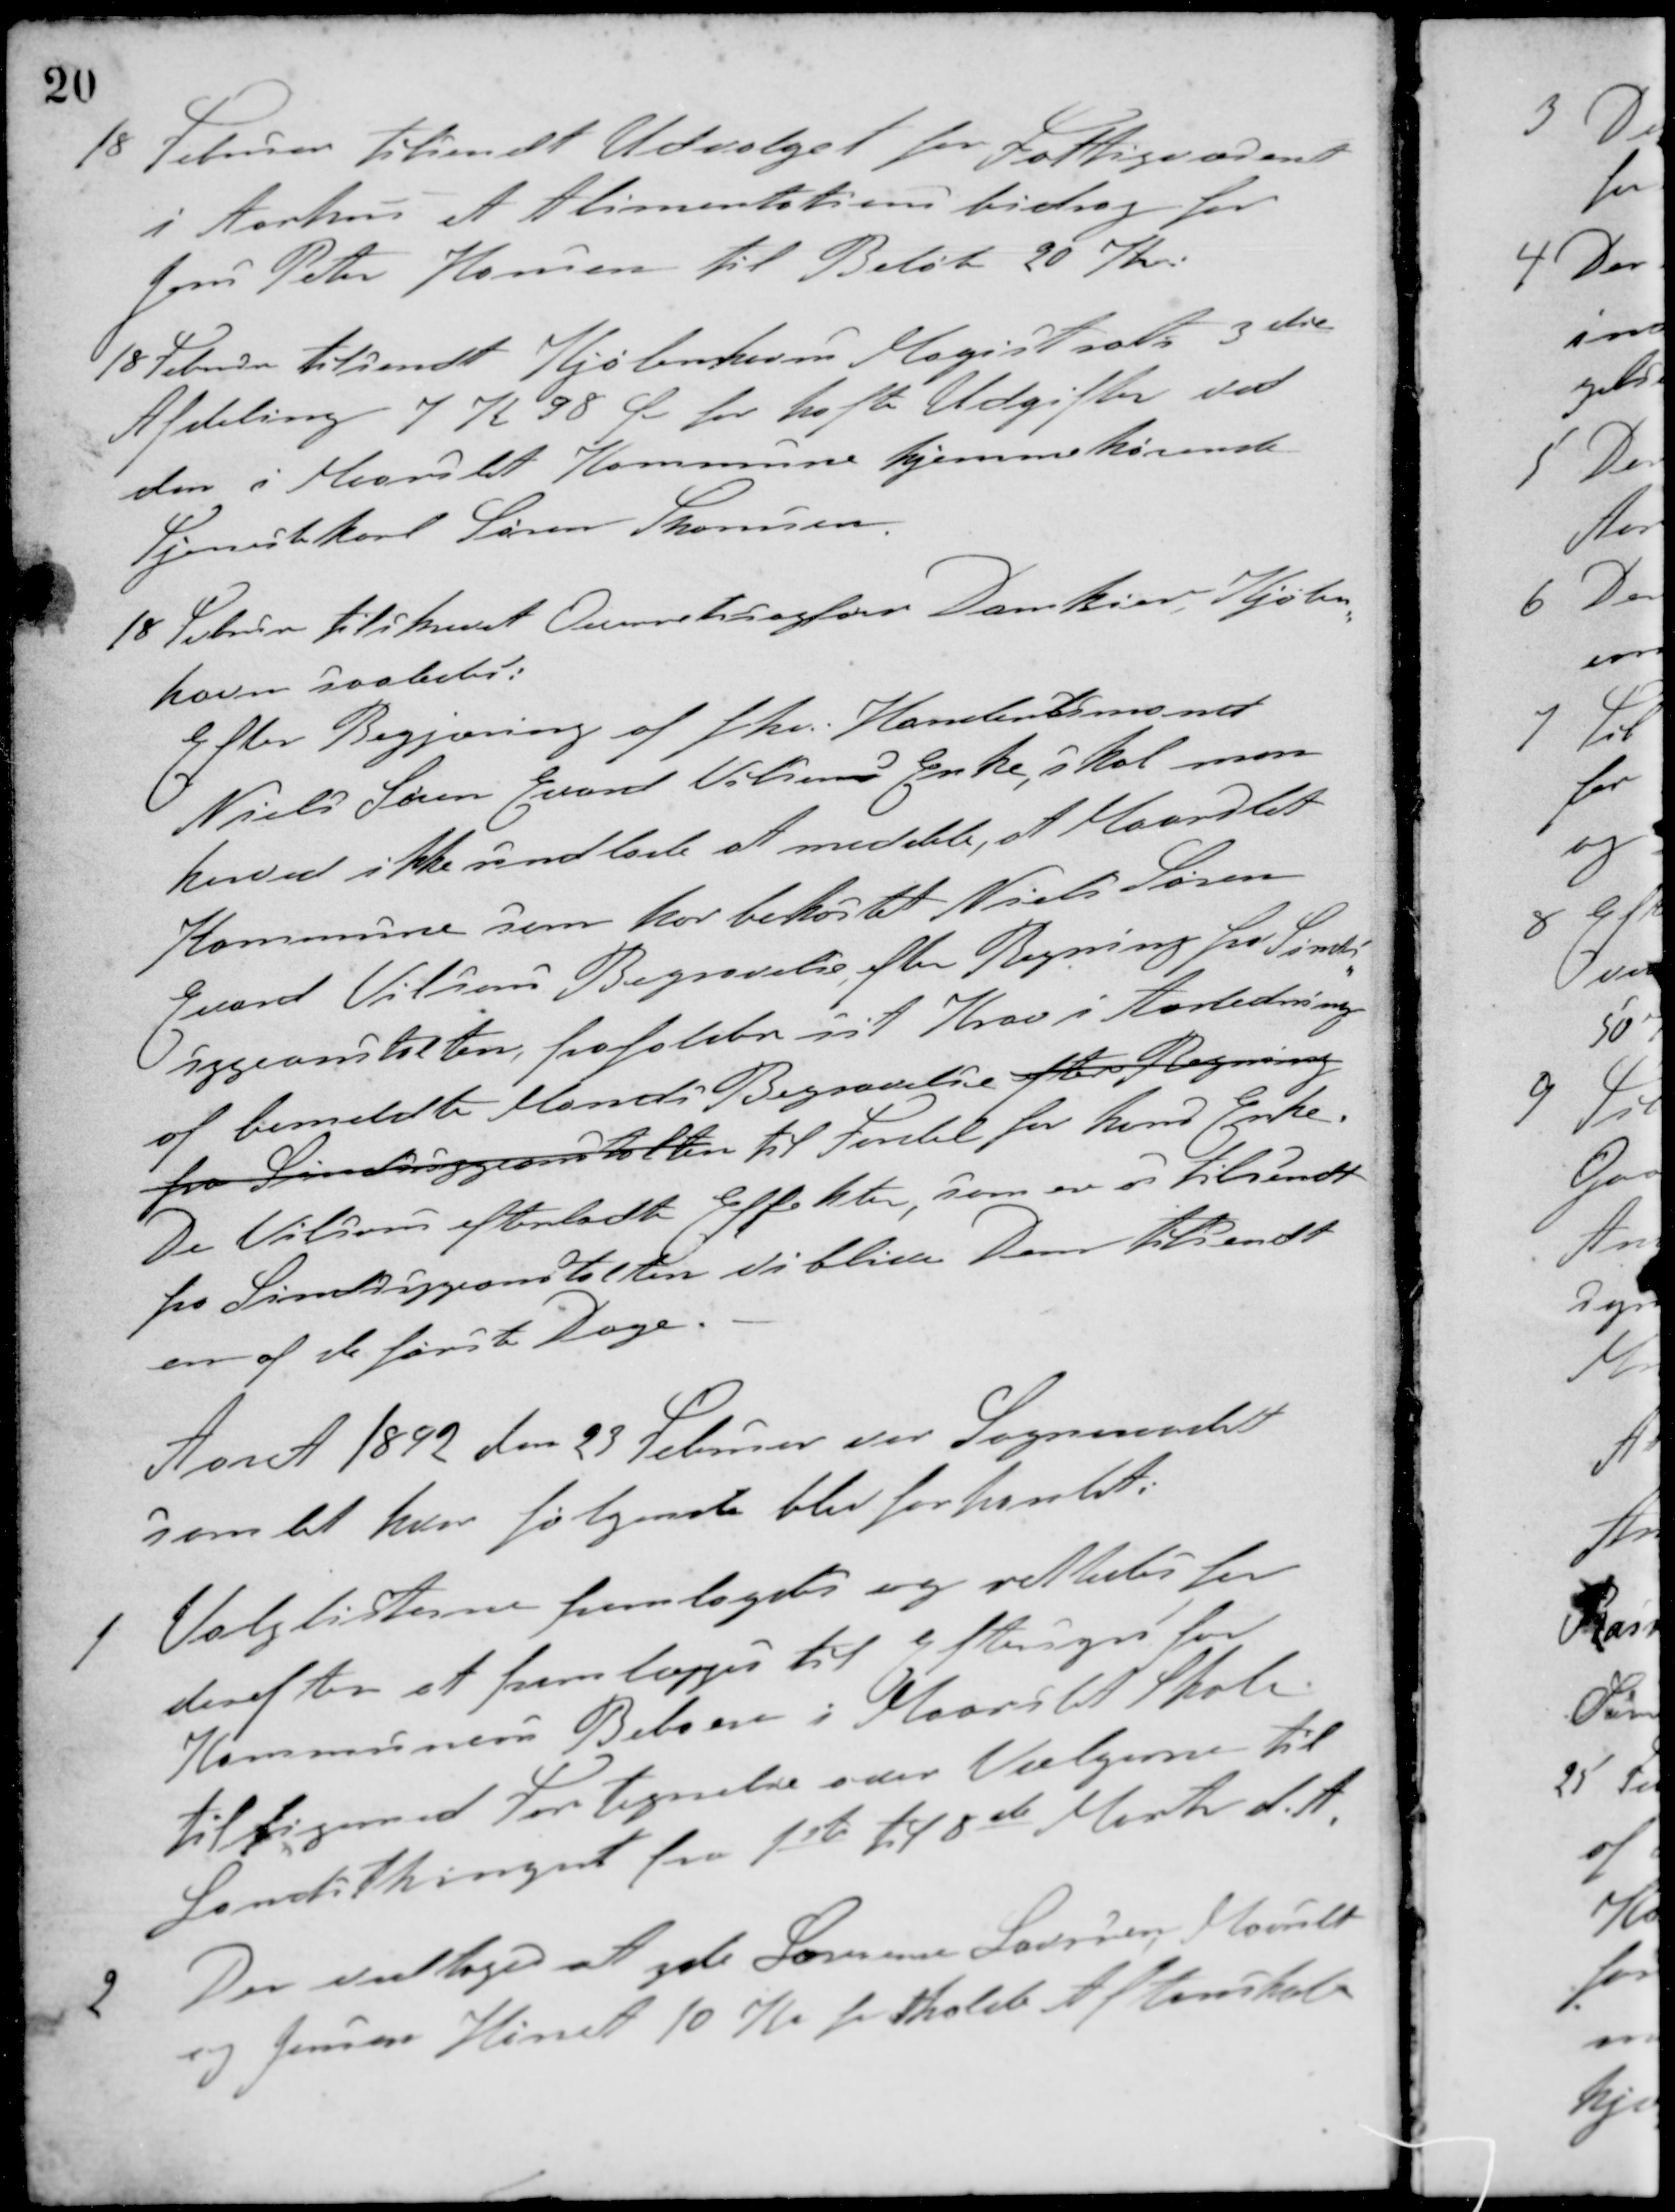
Transskription:
18 Februar tilsendt Udvalget for Fattigvæsenet
i Aarhus et Alimentationsbidrag for
Jens Peter Hansen til Beløb 20 Kr.
18 Februar tilsendt Kjøbenhavns Magistrats 3die
Afdeling 7 Kr 98 Øre for hafte Udgifter ved
den i Maarslet Kommune hjemmehørende
Tjenestekarl Søren Thomsen
18 Februar tilskrevet Overretssagfører Damkier, Kjøben-
havn saaledes:
Efter Begjæring af fhv. Handelsmand
Niels Søren Evard Vilsons Enke, skal man
herved ikke undlade at meddele, et Maarslet
Kommune som har bekostet Niels Søren
Evard Vilsons Begravelse efter Regning fra Sind-
sygeanstalten, frafalder sit Krav i Anledning
af bemeldte Mands Begravelse efter Regning
fra Sindsygeanstalten til Fordel for hans Enke.
De Vilsons efterladte Effekter, som er os tilsendt
fra Sindsygeanstalten vil blive Dem tilsendt
en af et første Dage.
Aaret 1892 den 23 Februar var Sogneraadet
samlet hvor følgende blev forhandlet:
1 Valglisterne fremlagdes og rettedes for
derefter for at fremlægges til Eftersyn for
Kommunens Beboere i Maarslet Skole
til ligemed Fortegnelse over Vælgerne til
Landstinget fra 1ste til 8de Marts d. A.
2 Der vedtoges at yde Sørine Laursen, Maarslet
og Jensen Hørret 10 Kr for afholdt Aftenskole